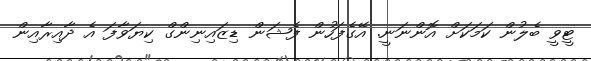
ޓީވީ ބެލުން ކަމަކަށް އޮންނަނީ. އޭގެފަހުން ފެޝަން ޑިޒައިނިންގް ކިޔަވާފަ އެ ދާއިރާއިން